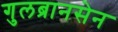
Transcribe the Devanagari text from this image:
गुलब्रानसेन